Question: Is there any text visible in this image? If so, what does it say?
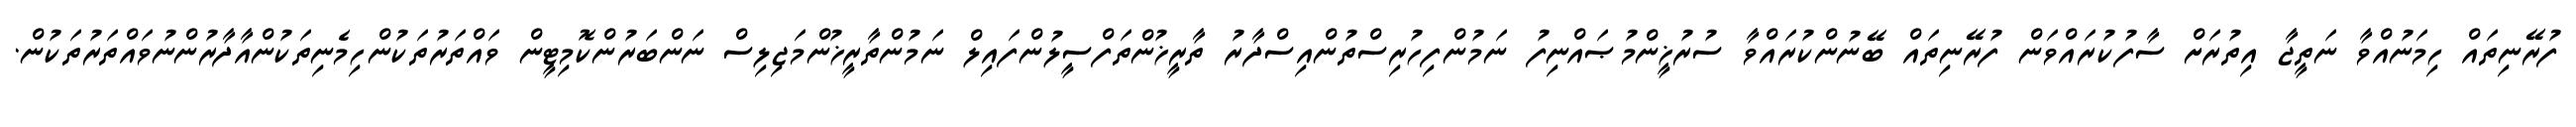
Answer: ފުރޭނިތައް ހިމަނުއްވާ ނަތީޖާ އިތުރަށް ސާފުކުރައްވަން ފުރޭނިތައް ބޭނުންކުރައްވާ ސުރުޚީންމުޞައްނިފު ނަމުންފިހުރިސްތުންއިސްދާރު ތާރީޚުންތަފްސީލުންފައިލް ނަމުންތާރީޚުންމަޖިލިސް ނަންބަރުންކޮމިޓީން ވައްތަރުތަކުންހިމެނިތަކުންއާދާރުންނުވައްތަރުތަކުން.